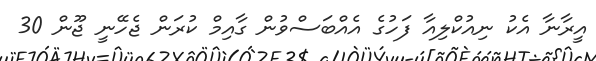
އީރާނާ އެކު ނިއުކްލިއާ ފަހުގެ އެއްބަސްވުން ގާއިމް ކުރަން ޖެހޭނީ ޖޫން 30